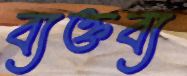
ব্যক্তব্য